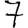
Digit: 7